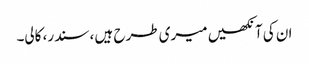
ان کی آنکھیں میری طرح ہیں ، سندر، کالی۔